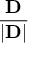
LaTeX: \frac { \mathbf { D } } { | \mathbf { D } | }